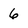
Character: 6